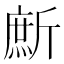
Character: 㫂